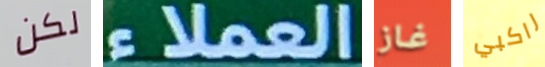
لكن العملاء غاز راكبي